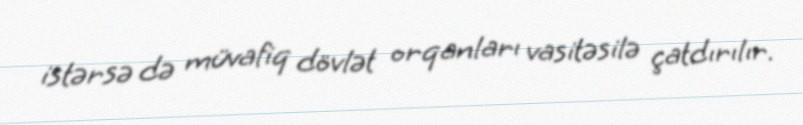
istərsə də müvafiq dövlət orqanları vasitəsilə çatdırılır.